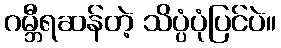
ဂမ္ဘီရဆန်တဲ့ သိပ္ပံပုံပြင်ပဲ။